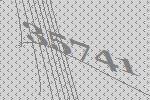
35741